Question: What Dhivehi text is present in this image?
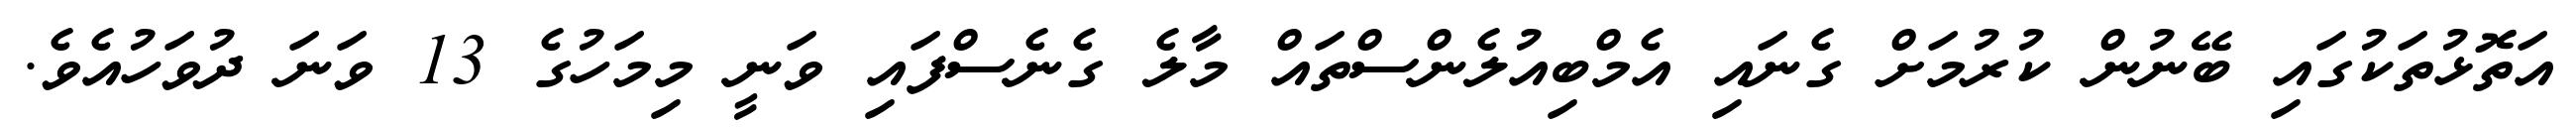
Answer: އަތޮޅުތަކުގައި ބޭނުން ކުރުމަށް ގެނައި އެމްބިއުލެންސްތައް މާލެ ގެނެސްފައި ވަނީ މިމަހުގެ 13 ވަނަ ދުވަހުއެވެ.